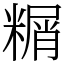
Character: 糏